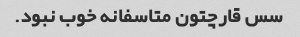
سس قارچتون متاسفانه خوب نبود.